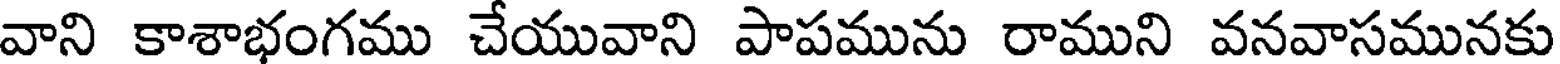
వాని కాశాభంగము చేయువాని పాపమును రాముని వనవాసమునకు